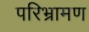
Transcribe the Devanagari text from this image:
परिभ्रामण